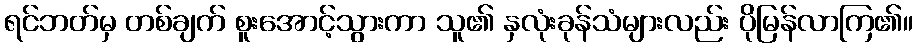
ရင်ဘတ်မှ တစ်ချက် စူးအောင့်သွားကာ သူ၏ နှလုံးခုန်သံများလည်း ပိုမြန်လာကြ၏။